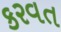
કરવત